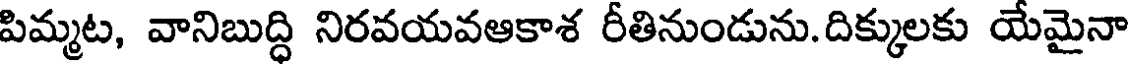
పిమ్మట, వానిబుద్ధి నిరవయవఆకాశ రీతినుండును.దిక్కులకు యేమైనా